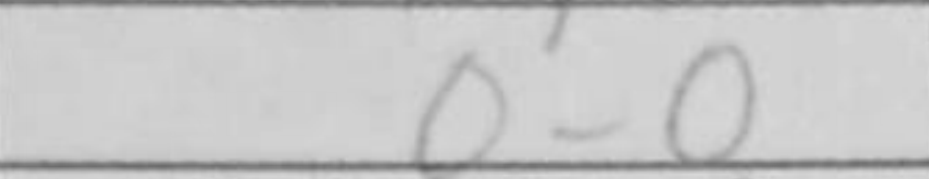
Transcription: O-O